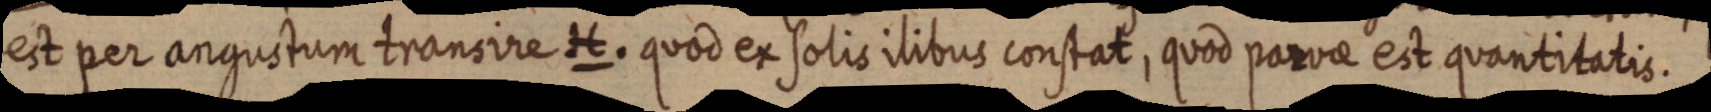
est per angustum transire H. quod ex solis ilibus constat, quod parvae est quantitatis.